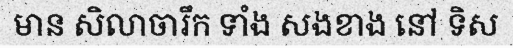
មាន សិលាចារឹក ទាំង សងខាង នៅ ទិស